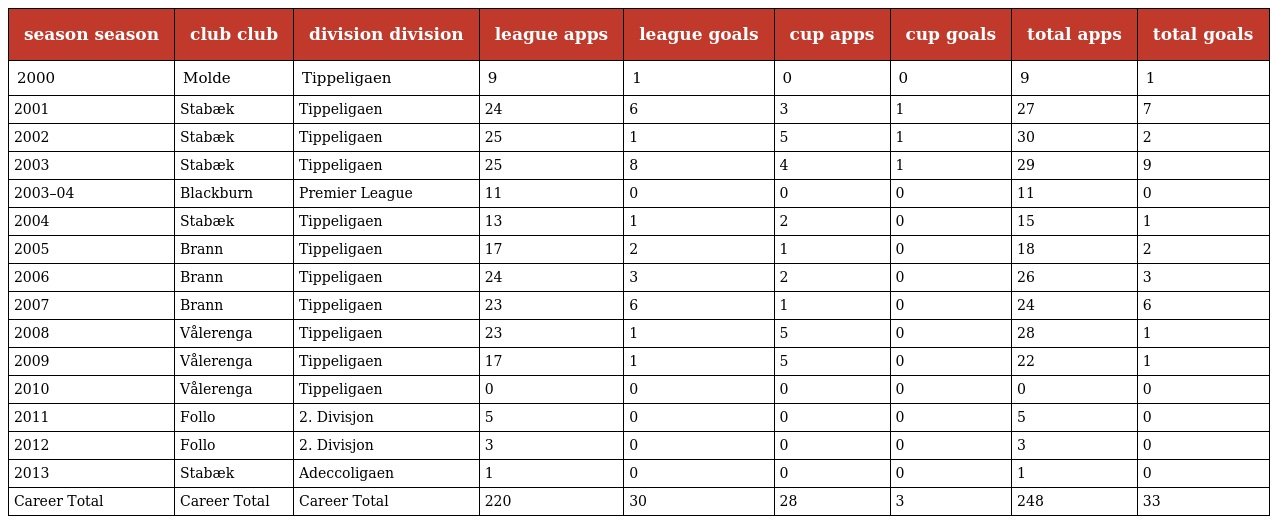
| season season | club club | division division | league apps | league goals | cup apps | cup goals | total apps | total goals |
 | --- | --- | --- | --- | --- | --- | --- | --- | --- |
 | 2000 | Molde | Tippeligaen | 9 | 1 | 0 | 0 | 9 | 1 |
 | 2001 | Stabæk | Tippeligaen | 24 | 6 | 3 | 1 | 27 | 7 |
 | 2002 | Stabæk | Tippeligaen | 25 | 1 | 5 | 1 | 30 | 2 |
 | 2003 | Stabæk | Tippeligaen | 25 | 8 | 4 | 1 | 29 | 9 |
 | 2003–04 | Blackburn | Premier League | 11 | 0 | 0 | 0 | 11 | 0 |
 | 2004 | Stabæk | Tippeligaen | 13 | 1 | 2 | 0 | 15 | 1 |
 | 2005 | Brann | Tippeligaen | 17 | 2 | 1 | 0 | 18 | 2 |
 | 2006 | Brann | Tippeligaen | 24 | 3 | 2 | 0 | 26 | 3 |
 | 2007 | Brann | Tippeligaen | 23 | 6 | 1 | 0 | 24 | 6 |
 | 2008 | Vålerenga | Tippeligaen | 23 | 1 | 5 | 0 | 28 | 1 |
 | 2009 | Vålerenga | Tippeligaen | 17 | 1 | 5 | 0 | 22 | 1 |
 | 2010 | Vålerenga | Tippeligaen | 0 | 0 | 0 | 0 | 0 | 0 |
 | 2011 | Follo | 2. Divisjon | 5 | 0 | 0 | 0 | 5 | 0 |
 | 2012 | Follo | 2. Divisjon | 3 | 0 | 0 | 0 | 3 | 0 |
 | 2013 | Stabæk | Adeccoligaen | 1 | 0 | 0 | 0 | 1 | 0 |
 | Career Total | Career Total | Career Total | 220 | 30 | 28 | 3 | 248 | 33 |